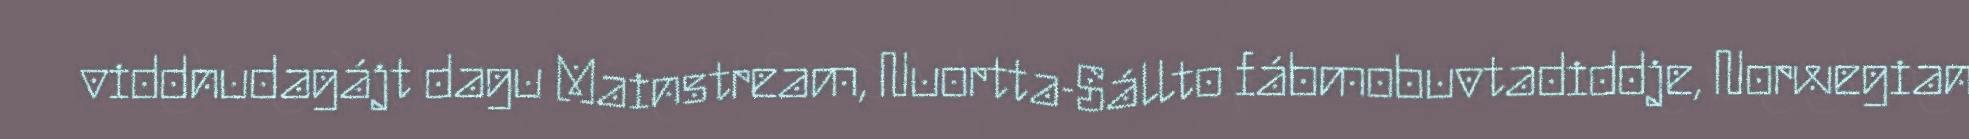
viddnudagájt dagu Mainstream, Nuortta-Sállto fábmobuvtadiddje, Norwegian